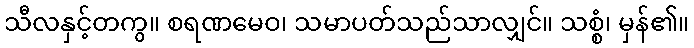
သီလနှင့်တကွ။ စရဏမေဝ၊ သမာပတ်သည်သာလျှင်။ သစ္စံ၊ မှန်၏။